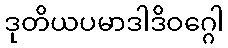
ဒုတိယပမာဒါဒိဝဂ္ဂေါ